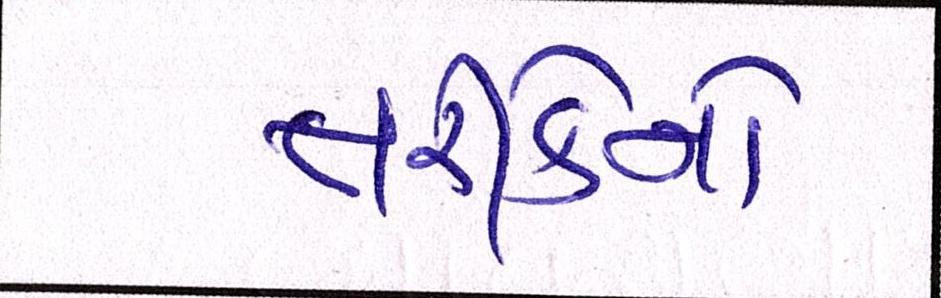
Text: તરીકેનો